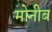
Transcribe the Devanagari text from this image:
मोनीब